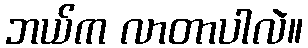
ဘယ်က လာတာပါလဲ။